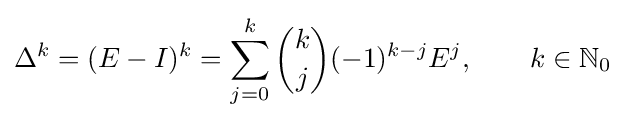
\Delta ^{k}=(E-I)^{k}=\sum _{j=0}^{k}{\binom {k}{j}}(-1)^{k-j}E^{j},\qquad k\in \mathbb {N} _{0}